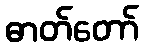
ဓာတ်တော်